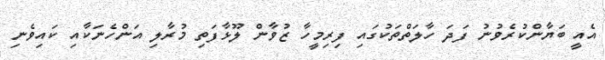
އެއީ ބަޔާންކުރެވުނު ފަދަ ހާލަތްތަކުގައި ފިރިމީހާ ޒުވާން ލޫޅާފަތި މުރާލި އަންހެނަކާއި ކައިވެނި